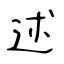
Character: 述